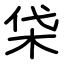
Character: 柋